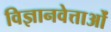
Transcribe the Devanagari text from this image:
विज्ञानवेत्ताओं